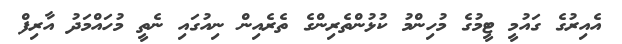
އެއިރުގެ ގައުމީ ޓީމުގެ މުހިންމު ކުޅުންތެރިންގެ ތެރެއިން ނިއުގައި ނެތީ މުހައްމަދު އާރިފް